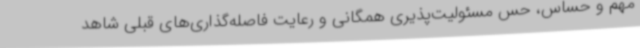
مهم و حساس، حس مسئولیت‌پذیری همگانی و رعایت فاصله‌گذاری‌های قبلی شاهد